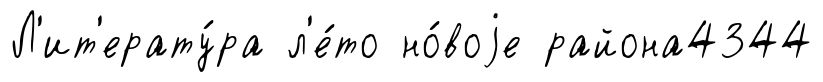
Л'ит'ерату́ра л'е́то но́воjе района4344